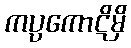
ကပ္ပကောဋိမှိ